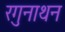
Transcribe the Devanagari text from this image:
रगुनाथन